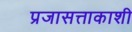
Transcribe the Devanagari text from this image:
प्रजासत्ताकाशी